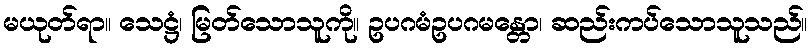
မယုတ်ရာ။ သေဋ္ဌံ၊ မြတ်သောသူကို။ ဥပဂမံဥပဂမန္တော၊ ဆည်းကပ်သောသူသည်။